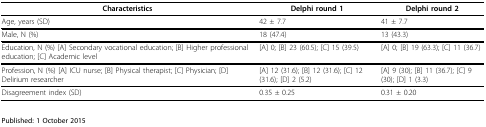
| Characteristics | Delphi round 1 | Delphi round 2 |
 | --- | --- | --- |
 | Age, years (SD) | 42 ± 7.7 | 41 ± 7.7 |
 | Male, N (%) | 18 (47.4) | 13 (43.3) |
 | Education, N (%) [A] Secondary vocational education; [B] Higher professional education; [C] Academic level | [A] 0; [B] 23 (60.5); [C] 15 (39.5) | [A] 0; [B] 19 (63.3); [C] 11 (36.7) |
 | Profession, N (%) [A] ICU nurse; [B] Physical therapist; [C] Physician; [D] Delirium researcher | [A] 12 (31.6); [B] 12 (31.6); [C] 12 (31.6); [D] 2 (5.2) | [A] 9 (30); [B] 11 (36.7); [C] 9 (30); [D] 1 (3.3) |
 | Disagreement index (SD) | 0.35 ± 0.25 | 0.31 ± 0.20 |